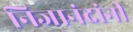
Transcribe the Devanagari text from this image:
निजानंदांनी